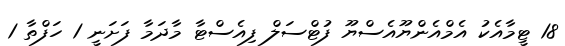
18 ޓީމާއެކު އެމްއެންޔޫއެސްޔޫ ފުޓްސަލް ފިއެސްޓާ މާދަމާ ފަށަނީ 1 ހަފްތާ 1